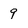
Character: 9